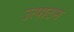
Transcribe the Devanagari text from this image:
उत्पाटन